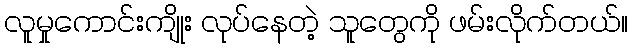
လူမှုကောင်းကျိုး လုပ်နေတဲ့ သူတွေကို ဖမ်းလိုက်တယ်။